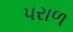
પરાળ